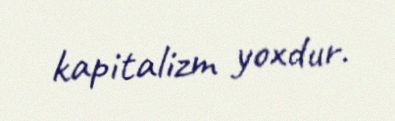
kapitalizm yoxdur.